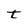
Character: t